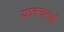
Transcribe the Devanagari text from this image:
यातनारओं